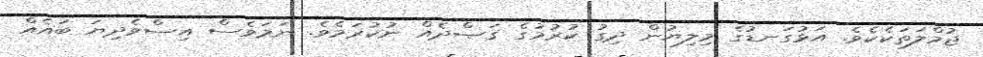
ޖުމްލަތަކެކެވެ. އަޅުގަނޑުގެ މިލިޔުން ދިގު ކުރުމުގެ ޤަޞްދެއް ނުކުރަމެވެ. ނަމަވެސް އިސްވެދިޔަ ބައެއް